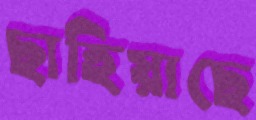
ছাহিয়াছে